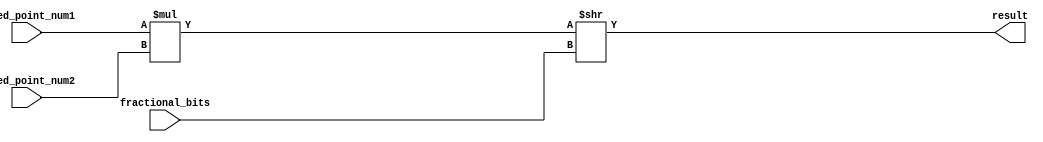
module fixed_point_multiplier (
  input signed [15:0] fixed_point_num1,
  input signed [15:0] fixed_point_num2,
  input [7:0] fractional_bits,
  output reg signed [31:0] result
);

reg signed [31:0] product;

always @* begin
  product = fixed_point_num1 * fixed_point_num2;
  result = product >> fractional_bits;
end

endmodule